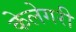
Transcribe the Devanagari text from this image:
केलेगरी